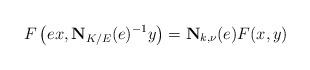
LaTeX: \begin{align*}F\left(ex, \mathbf{N}_{K/E}(e)^{-1}y\right) = \mathbf{N}_{k, \nu}(e)F(x, y)\end{align*}